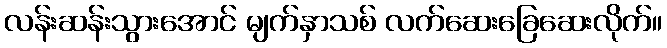
လန်းဆန်းသွားအောင် မျက်နှာသစ် လက်ဆေးခြေဆေးလိုက်။